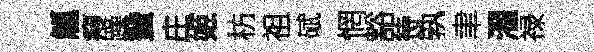
觚瘦躁蜑庄姬枋祖碔惘豁待孰聿濯禄